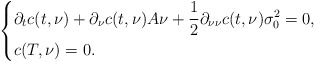
\begin{align*} \left\{ \begin{aligned}&\partial_tc(t,\nu) +\partial_{\nu}c(t,\nu)A\nu+\frac{1}{2}\partial_{\nu\nu}c(t,\nu)\sigma_0^2=0,\\ &c(T,\nu)=0. \end{aligned} \right. \end{align*}